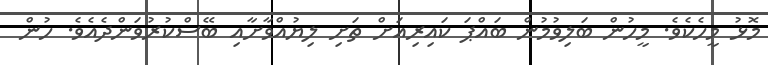
މޮޅު މީހެކެވެ. މީހުން ބަލިވުމުން ބައްޕަ ކައިރިއަށް ތަށި ލިޔުއްވާށާއި ބޭސްކުރުވަންދެއެވެ. ހުން